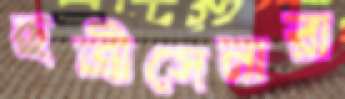
ছত্রীসেনারা